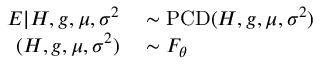
\begin{array} { r l } { E | H , g , \mu , \sigma ^ { 2 } } & { { } \sim \operatorname { P C D } ( H , g , \mu , \sigma ^ { 2 } ) } \\ { ( H , g , \mu , \sigma ^ { 2 } ) } & { { } \sim F _ { \theta } } \end{array}